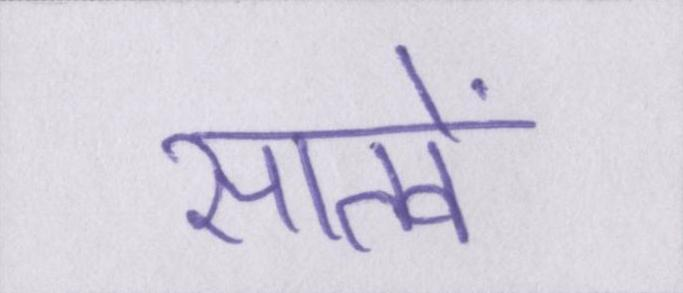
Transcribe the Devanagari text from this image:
सातवें